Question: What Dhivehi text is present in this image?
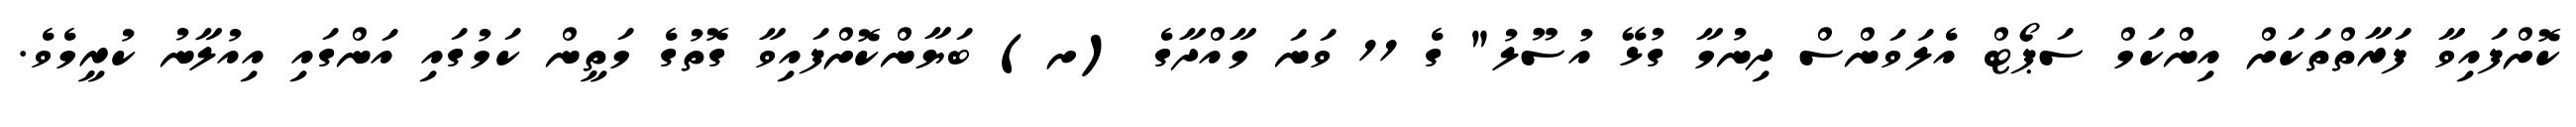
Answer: ކޮށްފައިވާ ފަރާތްތަކަށް އިންކަމް ސަޕޯޓް އެލަވަންސް ދިނުމާ ގުޅޭ އުސޫލު" ގެ 11 ވަނަ މާއްދާގެ (ށ) ބަޔާންކޮށްފައިވާ ގޮތުގެ މަތީން ކަމުގައި އަންގައި އިއުލާނު ކުރީމެވެ.